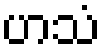
ဟသံ